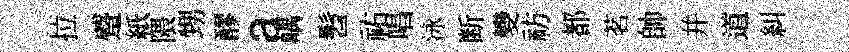
拉蹙紙隈甥醪a嵎髫祐唱泳断變祊都茗帥并道糾